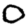
Digit: 0